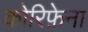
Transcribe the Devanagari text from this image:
कोरिफ़ेना